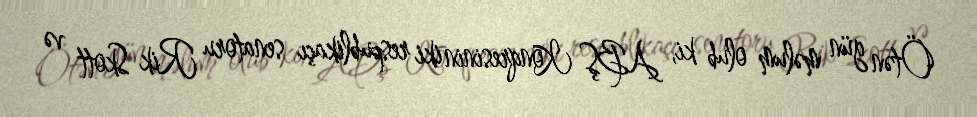
Ötən gün məlum olub ki, ABŞ Konqresinin iki respublikaçı senatoru Rik Skott və